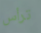
ترأس